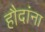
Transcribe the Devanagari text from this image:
हौदांना